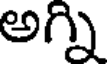
అగ్ని